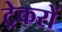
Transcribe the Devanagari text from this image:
ट्रेकरों